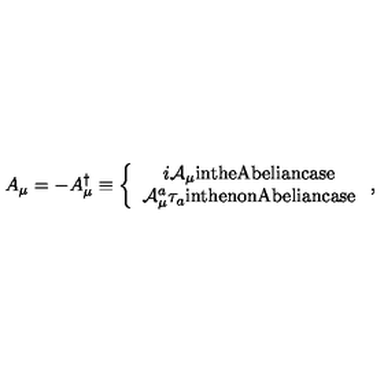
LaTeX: A _ { \mu } = - A _ { \mu } ^ { \dagger } \equiv \left\{ \begin{array} { c } { i { \mathcal A } _ { \mu } \mathrm { i n t h e A b e l i a n c a s e } } \\ { { \mathcal A } _ { \mu } ^ { a } \tau _ { a } \mathrm { i n t h e n o n A b e l i a n c a s e } } \\ \end{array} \right. ,